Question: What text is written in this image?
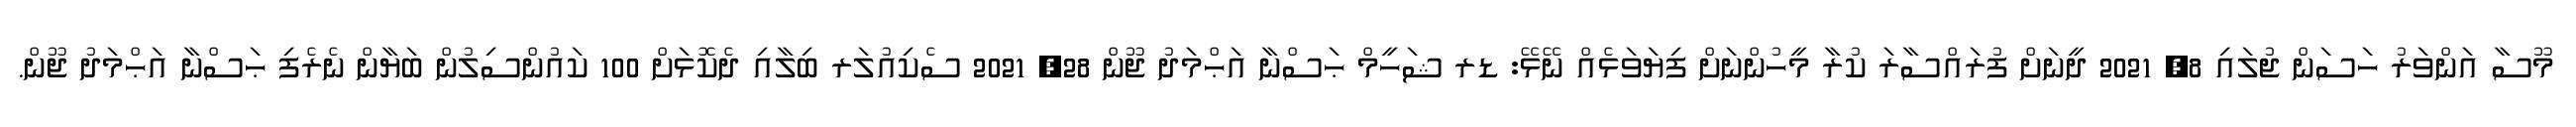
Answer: މޫސާ އަންވަރު ހަސަން ޖުލައި 8, 2021 ދީނަށް ފުރައްސާރަ ކުރާ މީހުންނަށް ފިޔަވަޅެއް ނޭޅޭ: ޑރ ޝަހީމް ޙަސްނާ އަޙްމަދު ޖޫން 28, 2021 ސެކިއުލަރ ބިލާއި ދެކޮޅަށް 100 ކައުންސިލުން ބަޔާން ނެރެފި ޙަސްނާ އަޙްމަދު ޖޫން.